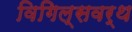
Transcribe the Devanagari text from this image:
विगिल्सवर्थ